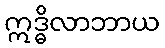
ဣဒ္ဓိလာဘာယ